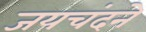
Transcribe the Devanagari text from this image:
जयचंदने